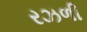
રઝળી